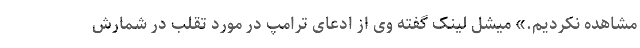
مشاهده نکردیم.» میشل لینک گفته وی از ادعای ترامپ در مورد تقلب در شمارش